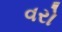
વરો